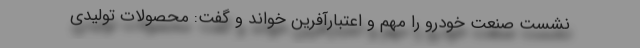
نشست صنعت خودرو را مهم و اعتبارآفرین خواند و گفت: محصولات تولیدی